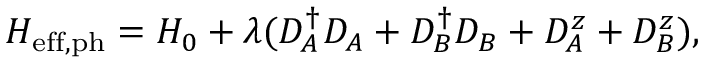
H _ { \mathrm { e f f , p h } } = H _ { 0 } + \lambda ( D _ { A } ^ { \dagger } D _ { A } + D _ { B } ^ { \dagger } D _ { B } + D _ { A } ^ { z } + D _ { B } ^ { z } ) ,